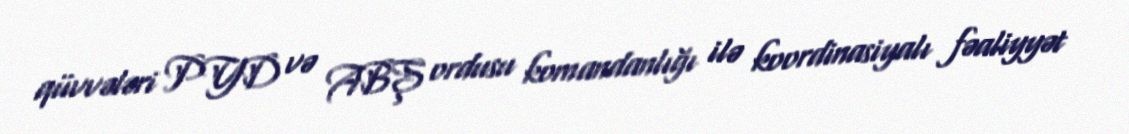
qüvvələri PYD və ABŞ ordusu komandanlığı ilə koordinasiyalı fəaliyyət